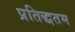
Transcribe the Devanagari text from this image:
प्रतिद्धतम